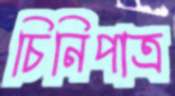
চিনিপাত্র